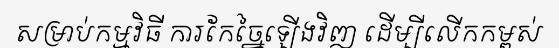
សម្រាប់កម្មវិធី ការកែច្នៃឡើងវិញ ដើម្បីលើកកម្ពស់